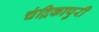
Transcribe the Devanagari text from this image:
चंद्रिकापुरी